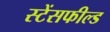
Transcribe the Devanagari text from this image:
स्टेंसफील्ड